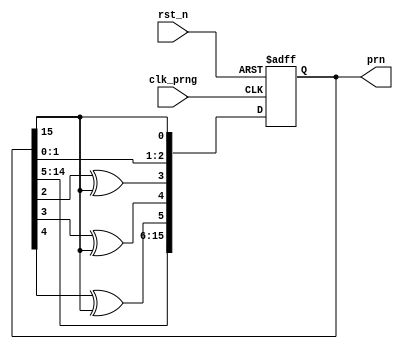
module prng
(
output reg [15:0]prn,	// pseudo random number
input clk_prng,
input rst_n
);


always@(posedge clk_prng or negedge rst_n) begin
	if(~rst_n) prn <= 16'h2a6c;
	else begin
		prn[0] <= prn[15];
		prn[1] <= prn[0];
		prn[2] <= prn[1];
		prn[3] <= prn[2] ^ prn[15];
		prn[4] <= prn[3] ^ prn[15];
		prn[5] <= prn[4] ^ prn[15];
		prn[15:6] <= prn[14:5];
	end
end


endmodule